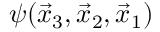
\psi ( \vec { x } _ { 3 } , \vec { x } _ { 2 } , \vec { x } _ { 1 } )